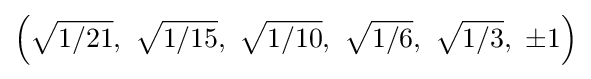
\left({\sqrt {1/21}},\ {\sqrt {1/15}},\ {\sqrt {1/10}},\ {\sqrt {1/6}},\ {\sqrt {1/3}},\ \pm 1\right)